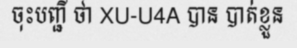
ចុះបញ្ជី ថា XU-U4A បាន បាត់ខ្លួន